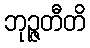
ဘုဉ္ဇတီတိ